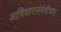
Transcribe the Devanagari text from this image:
आधिकारासंबंधीच्या